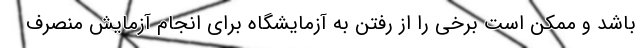
باشد و ممکن است برخی را از رفتن به آزمایشگاه برای انجام آزمایش منصرف